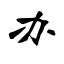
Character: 办